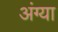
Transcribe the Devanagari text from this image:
अंग्या